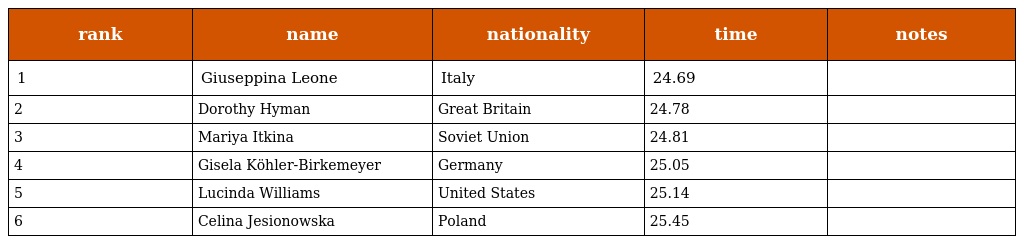
| rank | name | nationality | time | notes |
 | --- | --- | --- | --- | --- |
 | 1 | Giuseppina Leone | Italy | 24.69 |  |
 | 2 | Dorothy Hyman | Great Britain | 24.78 |  |
 | 3 | Mariya Itkina | Soviet Union | 24.81 |  |
 | 4 | Gisela Köhler-Birkemeyer | Germany | 25.05 |  |
 | 5 | Lucinda Williams | United States | 25.14 |  |
 | 6 | Celina Jesionowska | Poland | 25.45 |  |